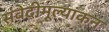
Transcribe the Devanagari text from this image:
संवेदीमूल्यांकन